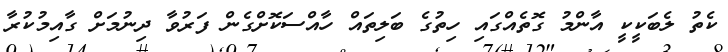
ކެތު ލެބަކީކީ އާންމު ގޮތެއްގައި ހިތުގެ ބަލިތައް ހާއްސަކޮށްގެން ފަރުވާ ދިނުމަށް ގާއިމުކުރާ